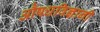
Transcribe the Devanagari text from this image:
औषधविज्ञानी